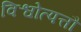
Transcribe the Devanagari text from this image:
विश्वोत्पत्तौ